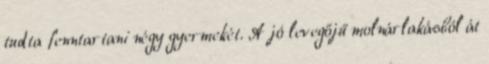
tudta fenntartani négy gyermekét. A jó levegőjű molnárlakásból át